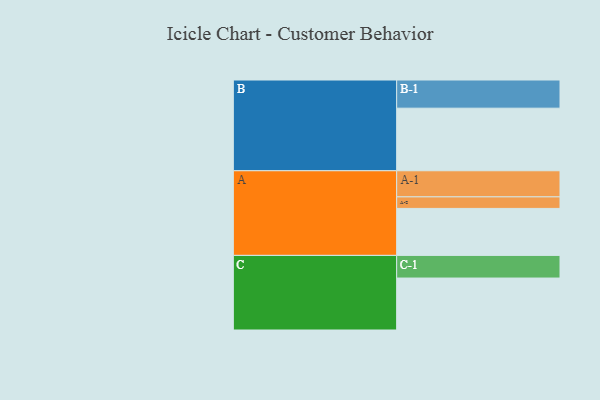
{"axis": {"x": "Segment", "y": "Value"}, "legend": ["", "A", "B", "C"], "data": [{"x": "A", "y": 407, "type": ""}, {"x": "B", "y": 542, "type": ""}, {"x": "C", "y": 450, "type": ""}, {"x": "A-1", "y": 226, "type": "A"}, {"x": "A-2", "y": 100, "type": "A"}, {"x": "B-1", "y": 244, "type": "B"}, {"x": "C-1", "y": 196, "type": "C"}]}